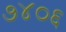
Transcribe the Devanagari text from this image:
७४०६